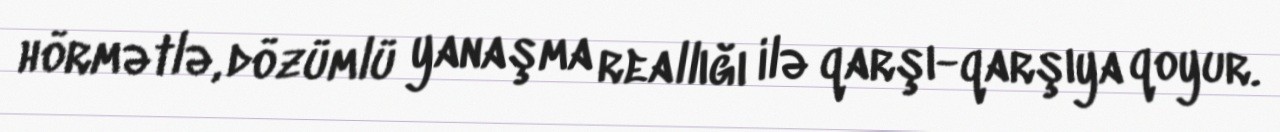
hörmətlə, dözümlü yanaşma reallığı ilə qarşı-qarşıya qoyur.